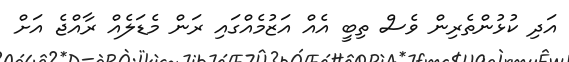
އަދި ކުޅުންތެރިން ވެސް ތިބީ އެއް އަޒުމެއްގައި ރަން މެޑަލެއް ރާއްޖެ އަށް